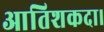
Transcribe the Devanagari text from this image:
आतिशकदा।